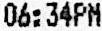
06:34PM